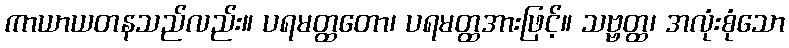
ကာယာယတနသည်လည်း။ ပရမတ္ထတော၊ ပရမတ္ထအားဖြင့်။ သဗ္ဗတ္ထ၊ အလုံးစုံသော